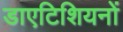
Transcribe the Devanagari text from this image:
डाएटिशियनों